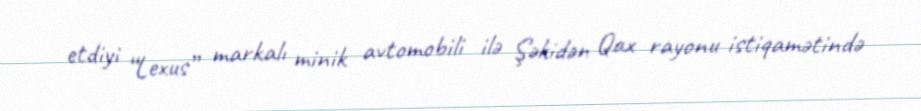
etdiyi “Lexus” markalı minik avtomobili ilə Şəkidən Qax rayonu istiqamətində